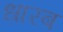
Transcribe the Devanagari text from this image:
धारब